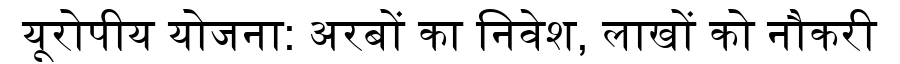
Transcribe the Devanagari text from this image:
यूरोपीय योजना: अरबों का निवेश, लाखों को नौकरी